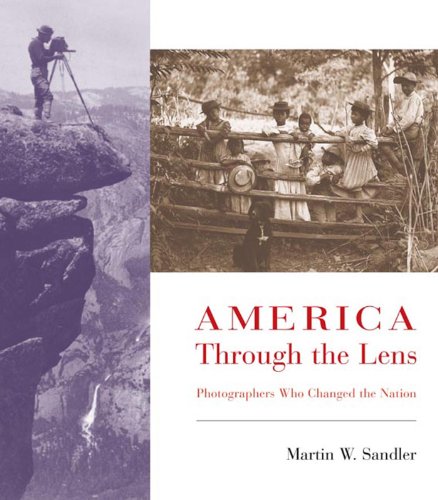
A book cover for America Through the Lens: Photographers Who Changed the Nation; Martin W. Sandler; Teen & Young Adult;